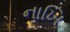
નાખિ